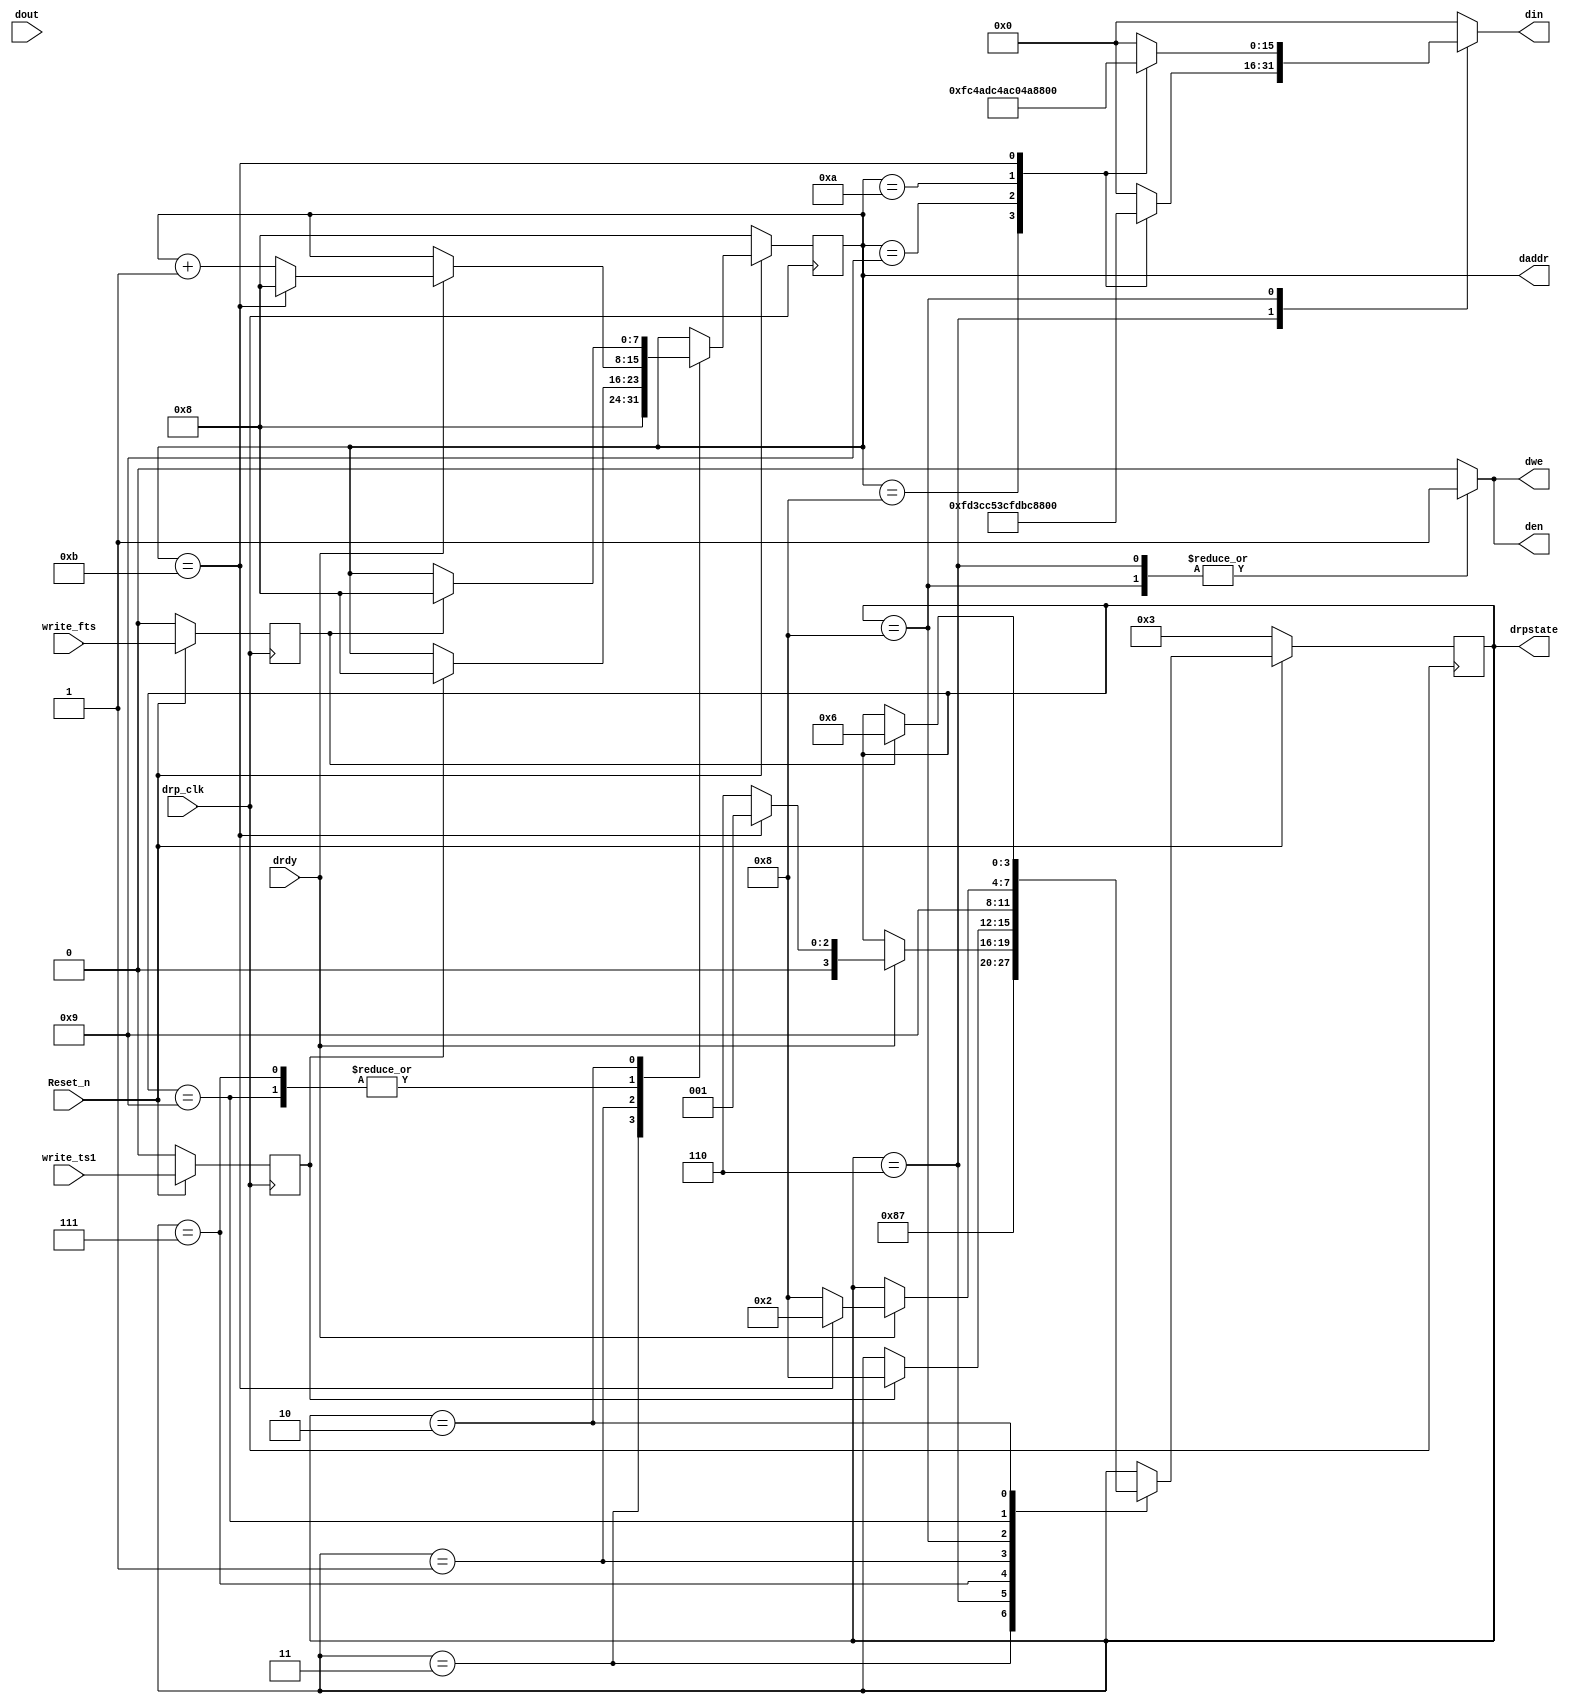
module GTX_DRP_CHANALIGN_FIX_3752_V6_1
#(
  parameter       TCQ             = 1,
  parameter       C_SIMULATION    = 0 
)
(
  output  reg          dwe,
  output  reg  [15:0]  din,    
  output  reg          den,
  output  reg  [7:0]   daddr,
  output  reg  [3:0]   drpstate,
  input                write_ts1,
  input                write_fts,
  input       [15:0]   dout,  
  input                drdy,
  input                Reset_n,
  input                drp_clk
);
  reg  [7:0]     next_daddr;
  reg  [3:0]     next_drpstate;
  reg            write_ts1_gated;
  reg            write_fts_gated;
  localparam      DRP_IDLE_FTS           =  1;
  localparam      DRP_IDLE_TS1           =  2;
  localparam      DRP_RESET              =  3;
  localparam      DRP_WRITE_FTS          =  6;
  localparam      DRP_WRITE_DONE_FTS     =  7;
  localparam      DRP_WRITE_TS1          =  8;
  localparam      DRP_WRITE_DONE_TS1     =  9;
  localparam      DRP_COM                = 10'b0110111100;
  localparam      DRP_FTS                = 10'b0100111100;
  localparam      DRP_TS1                = 10'b0001001010;
  always @(posedge drp_clk) begin
    if ( ~Reset_n ) begin
      daddr     <= #(TCQ) 8'h8;
      drpstate  <= #(TCQ) DRP_RESET;
      write_ts1_gated <= #(TCQ) 0;
      write_fts_gated <= #(TCQ) 0;
    end else begin
      daddr     <= #(TCQ) next_daddr;
      drpstate  <= #(TCQ) next_drpstate;
      write_ts1_gated <= #(TCQ) write_ts1;
      write_fts_gated <= #(TCQ) write_fts;
    end
  end
  always @(*) begin
    next_drpstate=drpstate;
    next_daddr=daddr;
    den=0;
    din=0;
    dwe=0;
    case(drpstate)
      DRP_RESET : begin
        next_drpstate= DRP_WRITE_TS1;
        next_daddr=8'h8;
      end
      DRP_WRITE_FTS : begin
        den=1;
        dwe=1;
        case (daddr)
          8'h8 : din = 16'hFD3C;
          8'h9 : din = 16'hC53C;
          8'hA : din = 16'hFDBC;
          8'hB : din = 16'h853C;
        endcase
        next_drpstate=DRP_WRITE_DONE_FTS;
      end
      DRP_WRITE_DONE_FTS : begin
        if(drdy) begin
          if(daddr==8'hB) begin
            next_drpstate=DRP_IDLE_FTS;
            next_daddr=8'h8;
          end else begin
            next_drpstate=DRP_WRITE_FTS;
            next_daddr=daddr+1'b1;
          end
        end
      end
      DRP_IDLE_FTS : begin
        if(write_ts1_gated) begin
          next_drpstate=DRP_WRITE_TS1;
          next_daddr=8'h8;
        end
      end
      DRP_WRITE_TS1 : begin
        den=1;
        dwe=1;
        case (daddr)
          8'h8 : din = 16'hFC4A;
          8'h9 : din = 16'hDC4A;
          8'hA : din = 16'hC04A;
          8'hB : din = 16'h85BC;
        endcase
        next_drpstate=DRP_WRITE_DONE_TS1;
      end
      DRP_WRITE_DONE_TS1 : begin
        if(drdy) begin
          if(daddr==8'hB) begin
            next_drpstate=DRP_IDLE_TS1;
            next_daddr=8'h8;
          end else begin
            next_drpstate=DRP_WRITE_TS1;
            next_daddr=daddr+1'b1;
          end
        end
      end
      DRP_IDLE_TS1 : begin
        if(write_fts_gated) begin
          next_drpstate=DRP_WRITE_FTS;
          next_daddr=8'h8;
        end
      end
    endcase
  end
endmodule